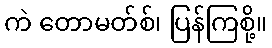
ကဲ တောမတ်စ်၊ ပြန်ကြစို့။